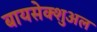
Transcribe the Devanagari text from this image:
बायसेक्शुअल